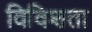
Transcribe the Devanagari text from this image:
विविशता